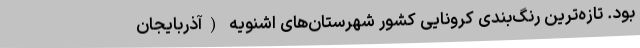
بود. تازه‌ترین رنگ‌بندی کرونایی کشور شهرستان‌های اشنویه (آذربایجان